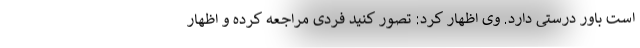
است باور درستی دارد. وی اظهار کرد: تصور کنید فردی مراجعه کرده و اظهار